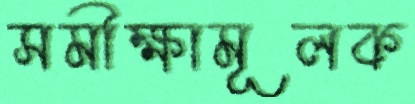
সমীক্ষামূলক